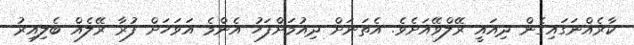
ކާރެއްނަގައިގެން ދިއައީ ރޭލްވޭއަށެވެ. އެތަނަށް ދިއުމަށްފަހު އެންމެ އަވަހަށް ފުރާ ރޭލެއް ބެލިއިރު